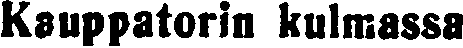
Kauppatorin kulmassa